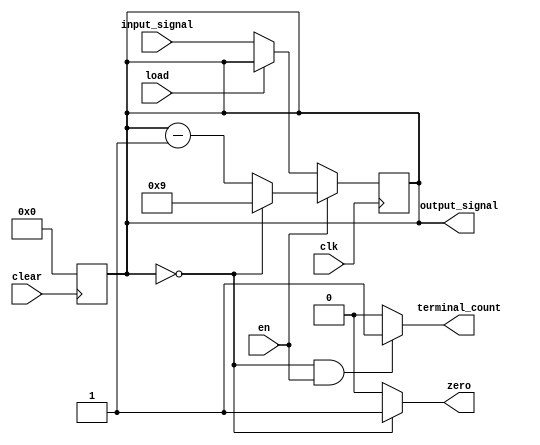
// it counts units of seconds;
module counter_4bit_mod10(output_signal, terminal_count, zero, load, clk, clear, en, input_signal);

  // variables declaration
  input wire load, clk, clear, en;
  input wire [3:0] input_signal;
  output wire terminal_count, zero;
  output wire [3:0] output_signal;
  reg [3:0] current_state;
  
  // output signals for controls
  assign output_signal = current_state;
  assign zero = ((current_state == 0)) ? 1 : 0;
  assign terminal_count = ((current_state == 0) & en) ? 1 : 0;
  
  always @(posedge clk)
    begin: counter
      
      if (en)
        begin
          if (current_state == 4'b0000)
            begin
              current_state <= 4'd9;
            end
          
          else
            begin
              current_state <= current_state - 1;
            end
        end
      
      	else
          begin
            if (!load)
              begin
                current_state <= input_signal;
              end
          end
    end
  
  always @(negedge clear)
    begin
      if (!clear)
        begin
          current_state <= 4'b0000;
        end
    end
endmodule